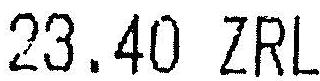
23.40 ZRL